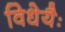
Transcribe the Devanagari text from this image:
विधेयैः